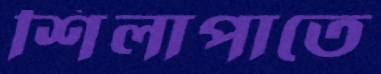
শিলাপাতে